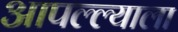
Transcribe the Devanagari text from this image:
आपल्ल्याला